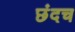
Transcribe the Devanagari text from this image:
छंदच